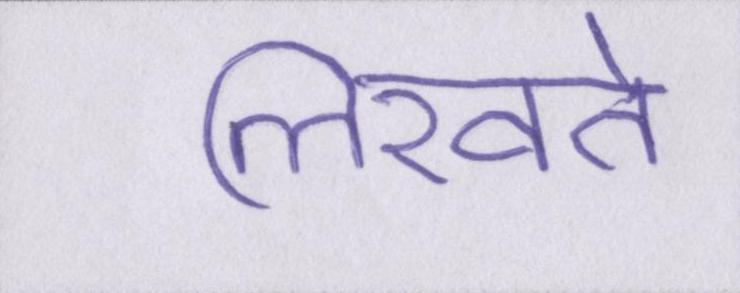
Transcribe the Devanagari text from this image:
लिखते